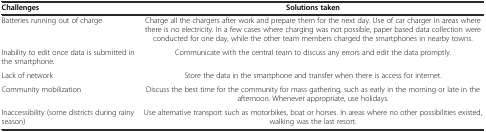
<table><thead><tr><td><b>Challenges</b></td><td><b>Solutions taken</b></td></tr></thead><tbody><tr><td>Batteries running out of charge</td><td>Charge all the chargers after work and prepare them for the next day. Use of car charger in areas where there is no electricity. In a few cases where charging was not possible, paper based data collection were conducted for one day, while the other team members charged the smartphones in nearby towns.</td></tr><tr><td>Inability to edit once data is submitted in the smartphone.</td><td>Communicate with the central team to discuss any errors and edit the data promptly.</td></tr><tr><td>Lack of network</td><td>Store the data in the smartphone and transfer when there is access for internet.</td></tr><tr><td>Community mobilization</td><td>Discuss the best time for the community for mass gathering, such as early in the morning or late in the afternoon. Whenever appropriate, use holidays.</td></tr><tr><td>Inaccessibility (some districts during rainy season)</td><td>Use alternative transport such as motorbikes, boat or horses. In areas where no other possibilities existed, walking was the last resort.</td></tr></tbody></table>